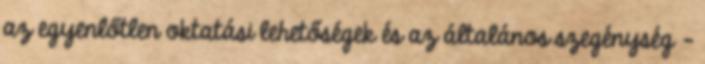
az egyenlőtlen oktatási lehetőségek és az általános szegénység –